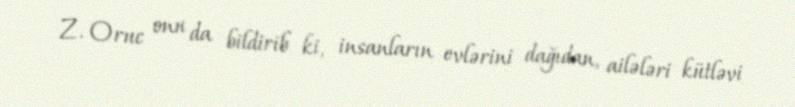
Z. Oruc onu da bildirib ki, insanların evlərini dağıdan, ailələri kütləvi